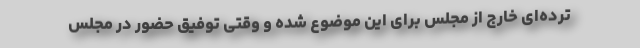
ترده‌ای خارج از مجلس برای این موضوع شده و وقتی توفیق حضور در مجلس